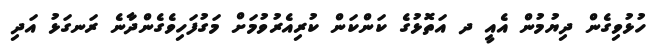
ހުޅުވިގެން ދިޔުމުން އެއީ ދ އަތޮޅުގެ ކަންކަން ކުރިއެރުވުމަށް މަގުފަހިވެގެންދާނެ ރަނގަޅު އަދި